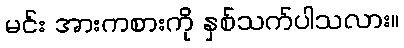
မင်း အားကစားကို နှစ်သက်ပါသလား။